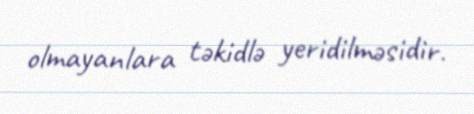
olmayanlara təkidlə yeridilməsidir.